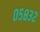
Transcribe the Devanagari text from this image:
०५८३२